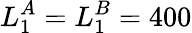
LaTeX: L_{1}^{A}=L_{1}^{B}=400